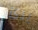
برئ